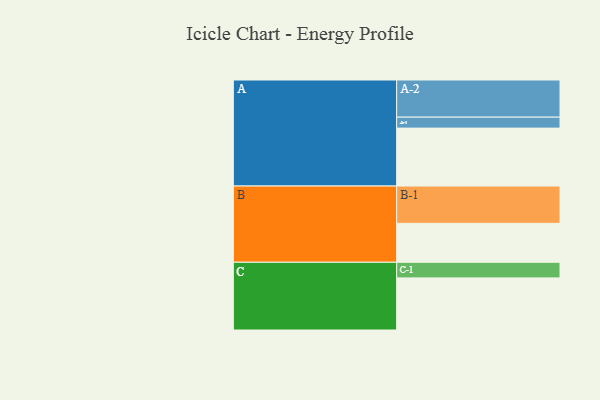
{"axis": {"x": "Segment", "y": "Value"}, "legend": ["", "A", "B", "C"], "data": [{"x": "A", "y": 449, "type": ""}, {"x": "B", "y": 302, "type": ""}, {"x": "C", "y": 404, "type": ""}, {"x": "A-1", "y": 85, "type": "A"}, {"x": "A-2", "y": 288, "type": "A"}, {"x": "B-1", "y": 289, "type": "B"}, {"x": "C-1", "y": 121, "type": "C"}]}